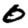
Digit: 0